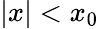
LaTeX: \left|x\right|<x_{0}